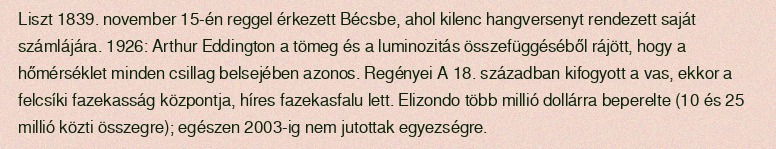
Liszt 1839. november 15-én reggel érkezett Bécsbe, ahol kilenc hangversenyt rendezett saját számlájára. 1926: Arthur Eddington a tömeg és a luminozitás összefüggéséből rájött, hogy a hőmérséklet minden csillag belsejében azonos. Regényei A 18. században kifogyott a vas, ekkor a felcsíki fazekasság központja, híres fazekasfalu lett. Elizondo több millió dollárra beperelte (10 és 25 millió közti összegre); egészen 2003-ig nem jutottak egyezségre.